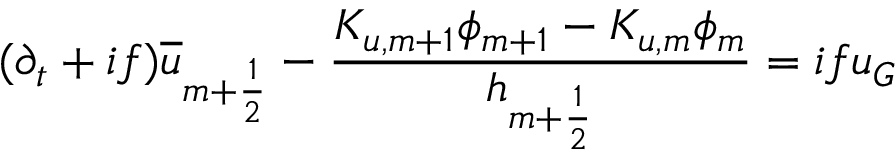
( \partial _ { t } + i f ) \overline { { u } } _ { m + \frac { 1 } { 2 } } - \frac { K _ { u , m + 1 } \phi _ { m + 1 } - K _ { u , m } \phi _ { m } } { h _ { m + \frac { 1 } { 2 } } } = i f u _ { G }